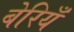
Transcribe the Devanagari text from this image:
बेरियँ